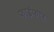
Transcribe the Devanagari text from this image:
फाईफार